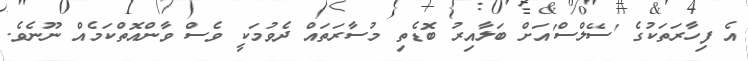
އެ ފިހާރަތަކުގެ 'ސޭލްސް'އަށް ބަލާއިރު ބޮޑެތި މުސާރަތައް ދެވުމަކީ ވެސް ވާންއޮތްކަމެއް ނޫނެވެ.